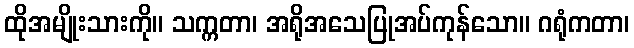
ထိုအမျိုးသားကို။ သက္ကတာ၊ အရိုအသေပြုအပ်ကုန်သော။ ဂရုံကတာ၊